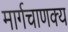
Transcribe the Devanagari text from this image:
मार्गचाणक्य